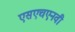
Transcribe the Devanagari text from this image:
एसएचएनवी